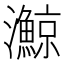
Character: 𪸉